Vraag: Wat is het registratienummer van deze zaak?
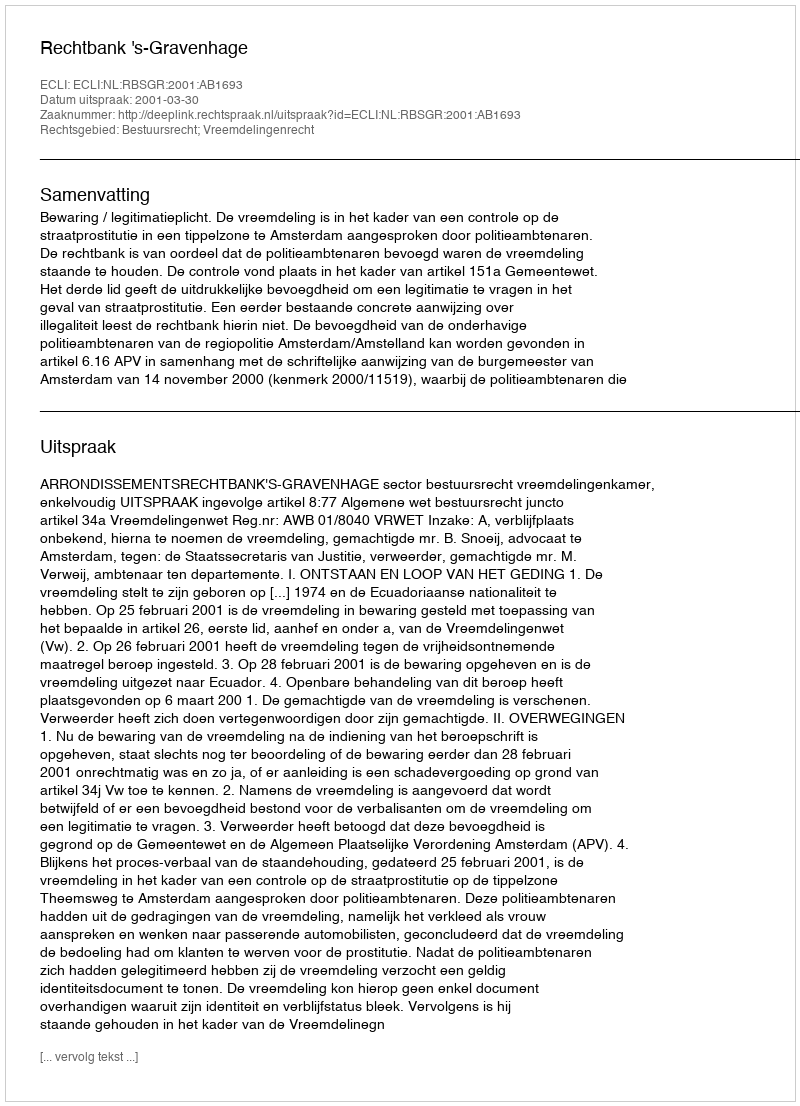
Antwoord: http://deeplink.rechtspraak.nl/uitspraak?id=ECLI:NL:RBSGR:2001:AB1693